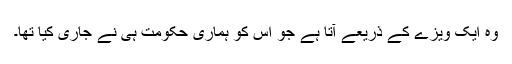
وہ ایک ویزے کے ذریعے آتا ہے جو اس کو ہماری حکومت ہی نے جاری کیا تھا۔